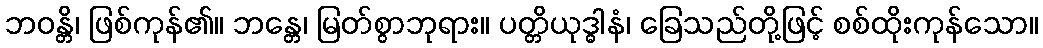
ဘဝန္တိ၊ ဖြစ်ကုန်၏။ ဘန္တေ၊ မြတ်စွာဘုရား။ ပတ္တိယုဒ္ဓါနံ၊ ခြေသည်တို့ဖြင့် စစ်ထိုးကုန်သော။